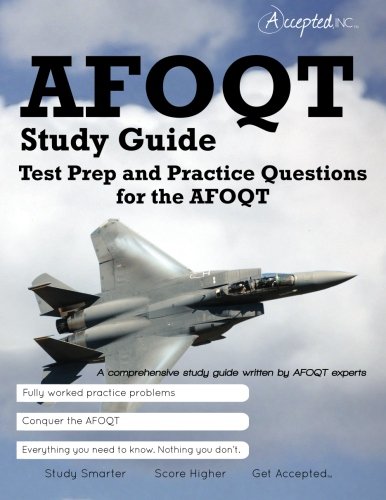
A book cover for AFOQT Study Guide: Test Prep and Practice Questions for the AFOQT Exam; Inc. Accepted; Test Preparation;